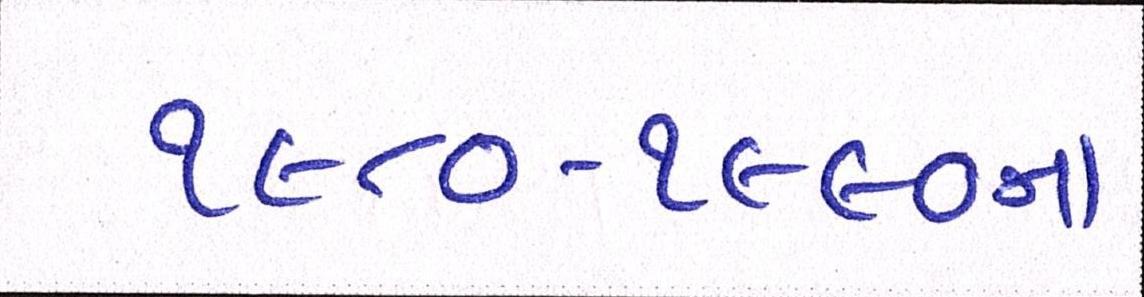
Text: ૧૯૮૦-૧૯૯૦ના